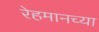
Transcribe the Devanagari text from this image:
रेहमानच्या